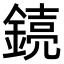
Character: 𫒸